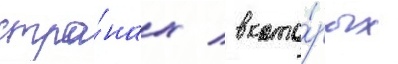
стра́нах / в кото́рых